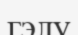
гэлу